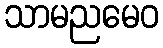
သာမညမေဝ